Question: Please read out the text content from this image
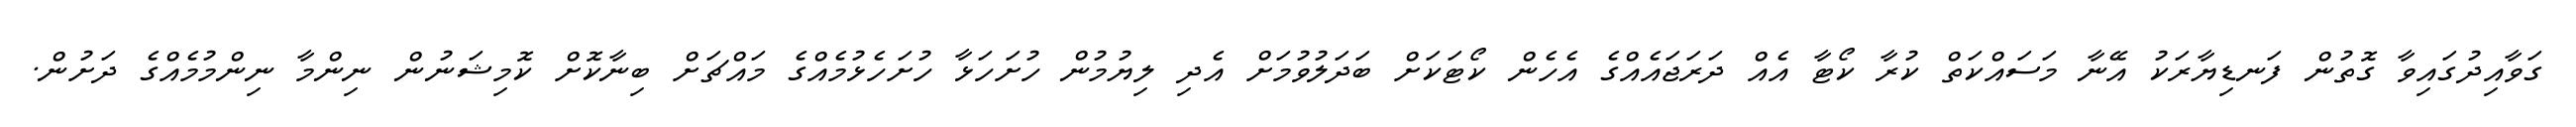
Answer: ގަވާއިދުގައިވާ ގޮތުން ފަނޑިޔާރަކު އޭނާ މަސައްކަތް ކުރާ ކޯޓާ އެއް ދަރަޖައެއްގެ އެހެން ކޯޓަކަށް ބަދަލުވުމަށް އެދި ލިޔުމުން ހުށަހަޅާ ހުށަހެޅުމެއްގެ މައްޗަށް ބިނާކޮށް ކޮމިޝަނުން ނިންމާ ނިންމުމެއްގެ ދަށުން.